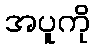
အပူကို